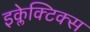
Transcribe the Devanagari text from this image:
इक्लेक्टिक्स